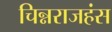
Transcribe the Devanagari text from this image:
चिन्नराजहंस